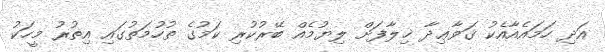
އަދި ހަމައެއާއެކު ޤަވާޢިދާ ޚިލާފަށް ލިޔުމެއް ބޭރުކުރި ކަމުގެ ތުހުމަތުގައި އިތުރު މީހަކު